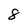
Character: 8